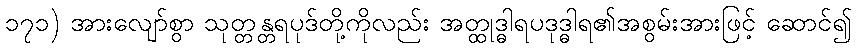
၁၇၁) အားလျော်စွာ သုတ္တန္တရပုဒ်တို့ကိုလည်း အတ္ထုဒ္ဓါရပဒုဒ္ဓါရ၏အစွမ်းအားဖြင့် ဆောင်၍